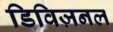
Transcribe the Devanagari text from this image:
डिविज़नल